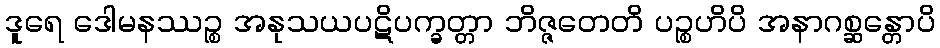
ဒူရေ ဒေါမနဿဉ္စ အနုသယပဋိပက္ခတ္တာ ဘိဇ္ဇတေတိ ပဉ္စဟိပိ အနာဂစ္ဆန္တောပိ